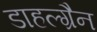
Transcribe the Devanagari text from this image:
डाहल्ग्रैन